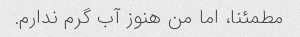
مطمئنا، اما من هنوز آب گرم ندارم.